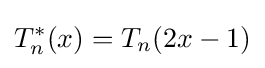
T_{n}^{*}(x)=T_{n}(2x-1)